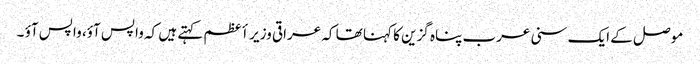
موصل کے ایک سنی عرب پناہ گزین کا کہنا تھا کہ عراقی وزیر أعظم کہتے ہیں کہ واپس آؤ، واپس آؤ ۔